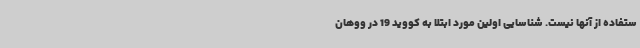
ستفاده از آنها نیست. شناسایی اولین مورد ابتلا به کووید 19 در ووهان